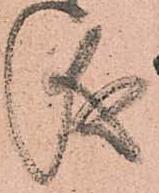
儀